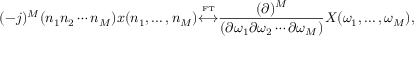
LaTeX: ( - j ) ^ { M } ( n _ { 1 } n _ { 2 } \cdots n _ { M } ) x ( n _ { 1 } , \ldots , n _ { M } ) { \overset { \underset { \mathrm { F T } } { } } { \longleftrightarrow } } { \frac { ( \partial ) ^ { M } } { ( \partial \omega _ { 1 } \partial \omega _ { 2 } \cdots \partial \omega _ { M } ) } } X ( \omega _ { 1 } , \ldots , \omega _ { M } ) ,